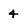
Character: 4